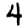
Digit: 4